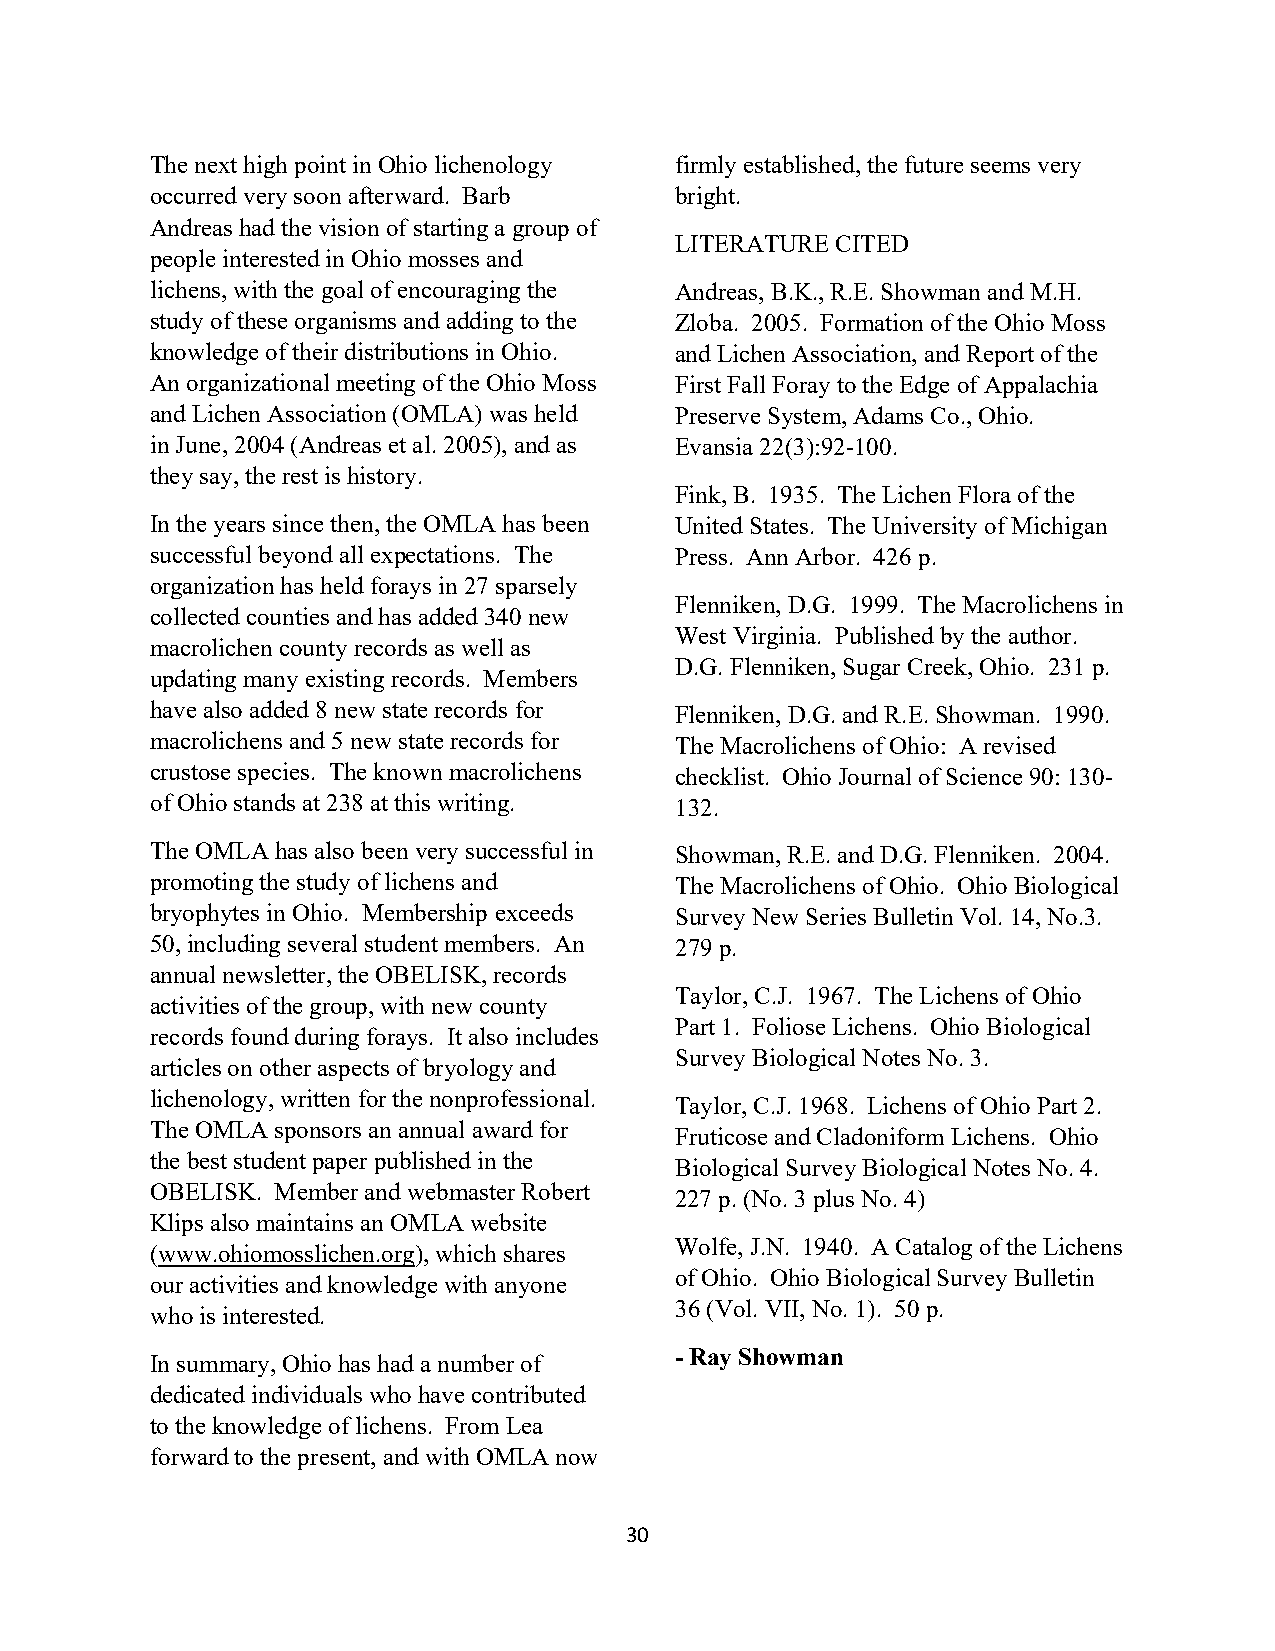
The next high point in Ohio lichenology firmly established, the future seems very
 occurred very soon afterward. Barb bright.
 Andreas had the vision of starting a group of
 LITERATURE CITED
 people interested in Ohio mosses and
 lichens, with the goal of encouraging the Andreas, B.K., R.E. Showman and M.H.
 study of these organisms and adding to the Zloba. 2005. Formation of the Ohio Moss
 knowledge of their distributions in Ohio. and Lichen Association, and Report of the
 An organizational meeting of the Ohio Moss First Fall Foray to the Edge of Appalachia
 and Lichen Association (OMLA) was held Preserve System, Adams Co., Ohio.
 in June, 2004 (Andreas et al. 2005), and as Evansia 22(3):92-100.
 they say, the rest is history.
 Fink, B. 1935. The Lichen Flora of the
 In the years since then, the OMLA has been United States. The University of Michigan
 successful beyond all expectations. The Press. Ann Arbor. 426 p.
 organization has held forays in 27 sparsely
 Flenniken, D.G. 1999. The Macrolichens in
 collected counties and has added 340 new
 West Virginia. Published by the author.
 macrolichen county records as well as
 D.G. Flenniken, Sugar Creek, Ohio. 231 p.
 updating many existing records. Members
 have also added 8 new state records for Flenniken, D.G. and R.E. Showman. 1990.
 macrolichens and 5 new state records for The Macrolichens of Ohio: A revised
 crustose species. The known macrolichens checklist. Ohio Journal of Science 90: 130-
 of Ohio stands at 238 at this writing. 132.
 The OMLA has also been very successful in Showman, R.E. and D.G. Flenniken. 2004.
 promoting the study of lichens and The Macrolichens of Ohio. Ohio Biological
 bryophytes in Ohio. Membership exceeds Survey New Series Bulletin Vol. 14, No.3.
 50, including several student members. An 279 p.
 annual newsletter, the OBELISK, records
 Taylor, C.J. 1967. The Lichens of Ohio
 activities of the group, with new county
 Part 1. Foliose Lichens. Ohio Biological
 records found during forays. It also includes
 Survey Biological Notes No. 3.
 articles on other aspects of bryology and
 lichenology, written for the nonprofessional.
 Taylor, C.J. 1968. Lichens of Ohio Part 2.
 The OMLA sponsors an annual award for
 Fruticose and Cladoniform Lichens. Ohio
 the best student paper published in the
 Biological Survey Biological Notes No. 4.
 OBELISK. Member and webmaster Robert
 227 p. (No. 3 plus No. 4)
 Klips also maintains an OMLA website
 Wolfe, J.N. 1940. A Catalog of the Lichens
 (www.ohiomosslichen.org), which shares
 of Ohio. Ohio Biological Survey Bulletin
 our activities and knowledge with anyone
 36 (Vol. VII, No. 1). 50 p.
 who is interested.
 - Ray Showman
 In summary, Ohio has had a number of
 dedicated individuals who have contributed
 to the knowledge of lichens. From Lea
 forward to the present, and with OMLA now
 30